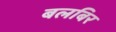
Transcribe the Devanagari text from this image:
बलबिर